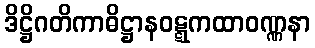
ဒိဋ္ဌိဂတိကာဓိဋ္ဌာနဝဋ္ဋကထာဝဏ္ဏနာ